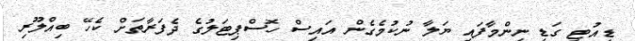
ޑިއުޓީ ގަޑި ނިންމާފައި ޔަލާ ނުކުމެގެން އައިސް ހޮސްޕިޓަލުގެ ދެފަރާތަށް ކެހޭ ބިއްލޫރި